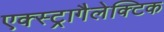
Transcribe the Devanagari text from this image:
एक्स्ट्रागैलेक्टिक